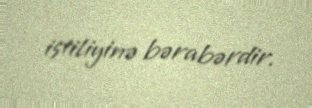
istiliyinə bərabərdir.